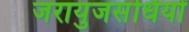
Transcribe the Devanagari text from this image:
जरायुजसंधियों